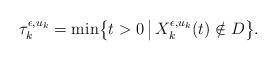
LaTeX: \begin{align*}\tau_{k}^{\epsilon, u_k} = \min \bigl\{ t > 0 \, \bigl\vert \, X_{k}^{\epsilon,u_k}(t) \notin D \bigr\}. \end{align*}